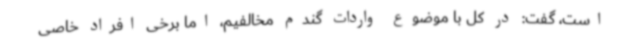
است، گفت: در کل با موضوع واردات گندم مخالفیم، اما برخی افراد خاصی